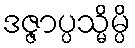
ဒဇ္ဇာပ္ပသ္မိမ္ပိ